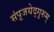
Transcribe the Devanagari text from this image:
संपूजयेद्गुरुम्